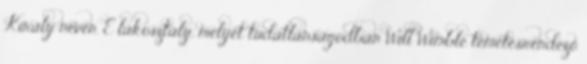
Király néven. E lakosztály, melyet tudatlanságodban Will Wimble temetésrendező